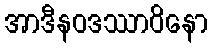
အာဒီနဝဒဿာဝိနော